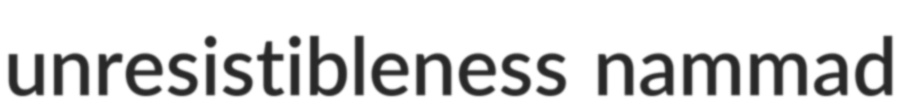
unresistibleness nammad